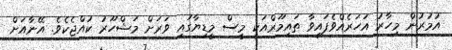
އުމުރުން މިހާރު އަހަރެއްވެފައިވާ ތައިމޫރްއަކީ މީސް މީޑިޔާގައި ވަރަށް މަޝްހޫރު ކުއްޖެކެވެ. އޭނާއަށް